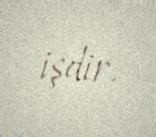
işdir.